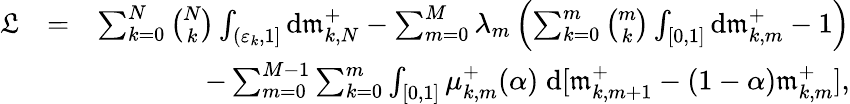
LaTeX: \begin{array}{rlr}{\mathfrak{L}}&{=}&{\sum_{k=0}^{N}{\binom{N}{k}}\int_{(\varepsilon_{k},1]}\mathrm{d}\mathfrak{m}_{k,N}^{+}-\sum_{m=0}^{M}\lambda_{m}\left(\sum_{k=0}^{m}{\binom{m}{k}}\int_{[0,1]}\mathrm{d}\mathfrak{m}_{k,m}^{+}-1\right)}\\ &{}&{-\sum_{m=0}^{M-1}\sum_{k=0}^{m}\int_{[0,1]}\mu_{k,m}^{+}(\alpha)\; \mathrm{d}[\mathfrak{m}_{k,m+1}^{+}-(1-\alpha)\mathfrak{m}_{k,m}^{+}],}\end{array}